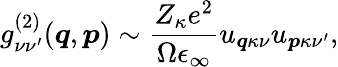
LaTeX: g_{\nu\nu^{\prime}}^{(2)}(\boldsymbol{q},\boldsymbol{p})\sim\frac{Z_{\kappa}e^{2}}{\Omega\epsilon_{\infty}}u_{\boldsymbol{q}\kappa\nu}u_{\boldsymbol{p}\kappa\nu^{\prime}},